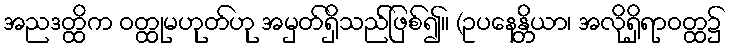
အညဒတ္ထိက ဝတ္ထုမဟုတ်ဟု အမှတ်ရှိသည်ဖြစ်၍။ (ဥပနေန္တိယာ၊ အလိုရှိရာဝတ္ထ၌